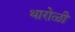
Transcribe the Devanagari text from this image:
थारोळी